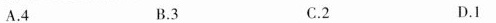
A.4 B.3 C.2 D.1